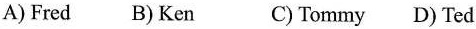
A) Fred B) Ken C) Tommy D) Ted